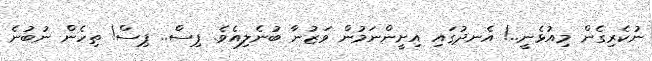
ނުކެރިގެން މިއުޅެނީ..! އެނދުގައި އިށީންނަމުން ވަޒުނާ ބުނެލިއެވެ. ޕިސް.. ޕިސް! ތިހެން ނުބުނެ